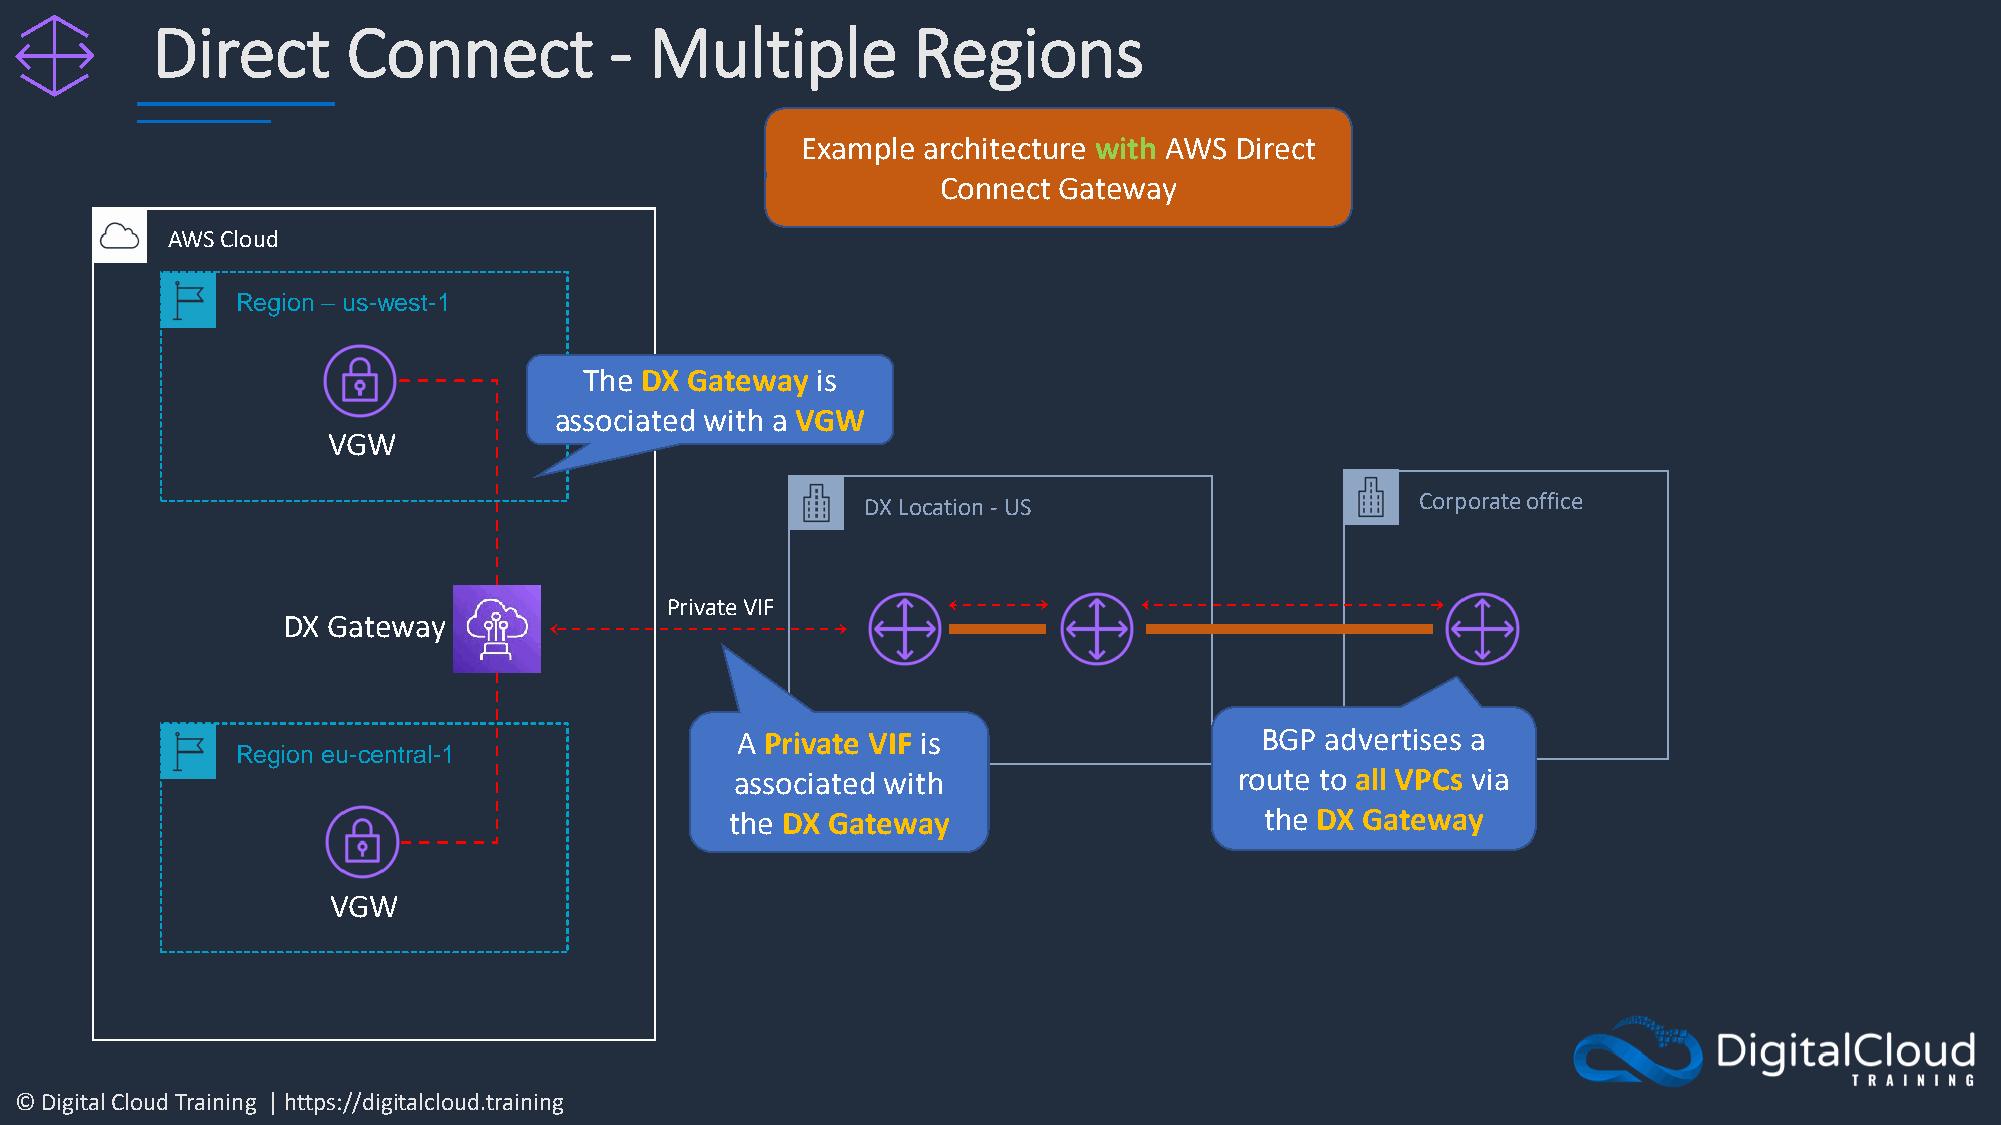
Direct       Connect          -  Multiple         Regions
 Example architecture with AWS Direct
 Connect Gateway
 AWS Cloud
 Region – us-west-1
 The DX Gateway is
 associated with a VGW
 VGW
 DX Location -US                      Corporate office
 Private VIF
 DX Gateway
 A Private VIF is                  BGP  advertises a
 Region eu-central-1
 associated with                  route to all VPCs via
 the DX Gateway                      the DX Gateway
 VGW
 © Digital Cloud Training | https://digitalcloud.training